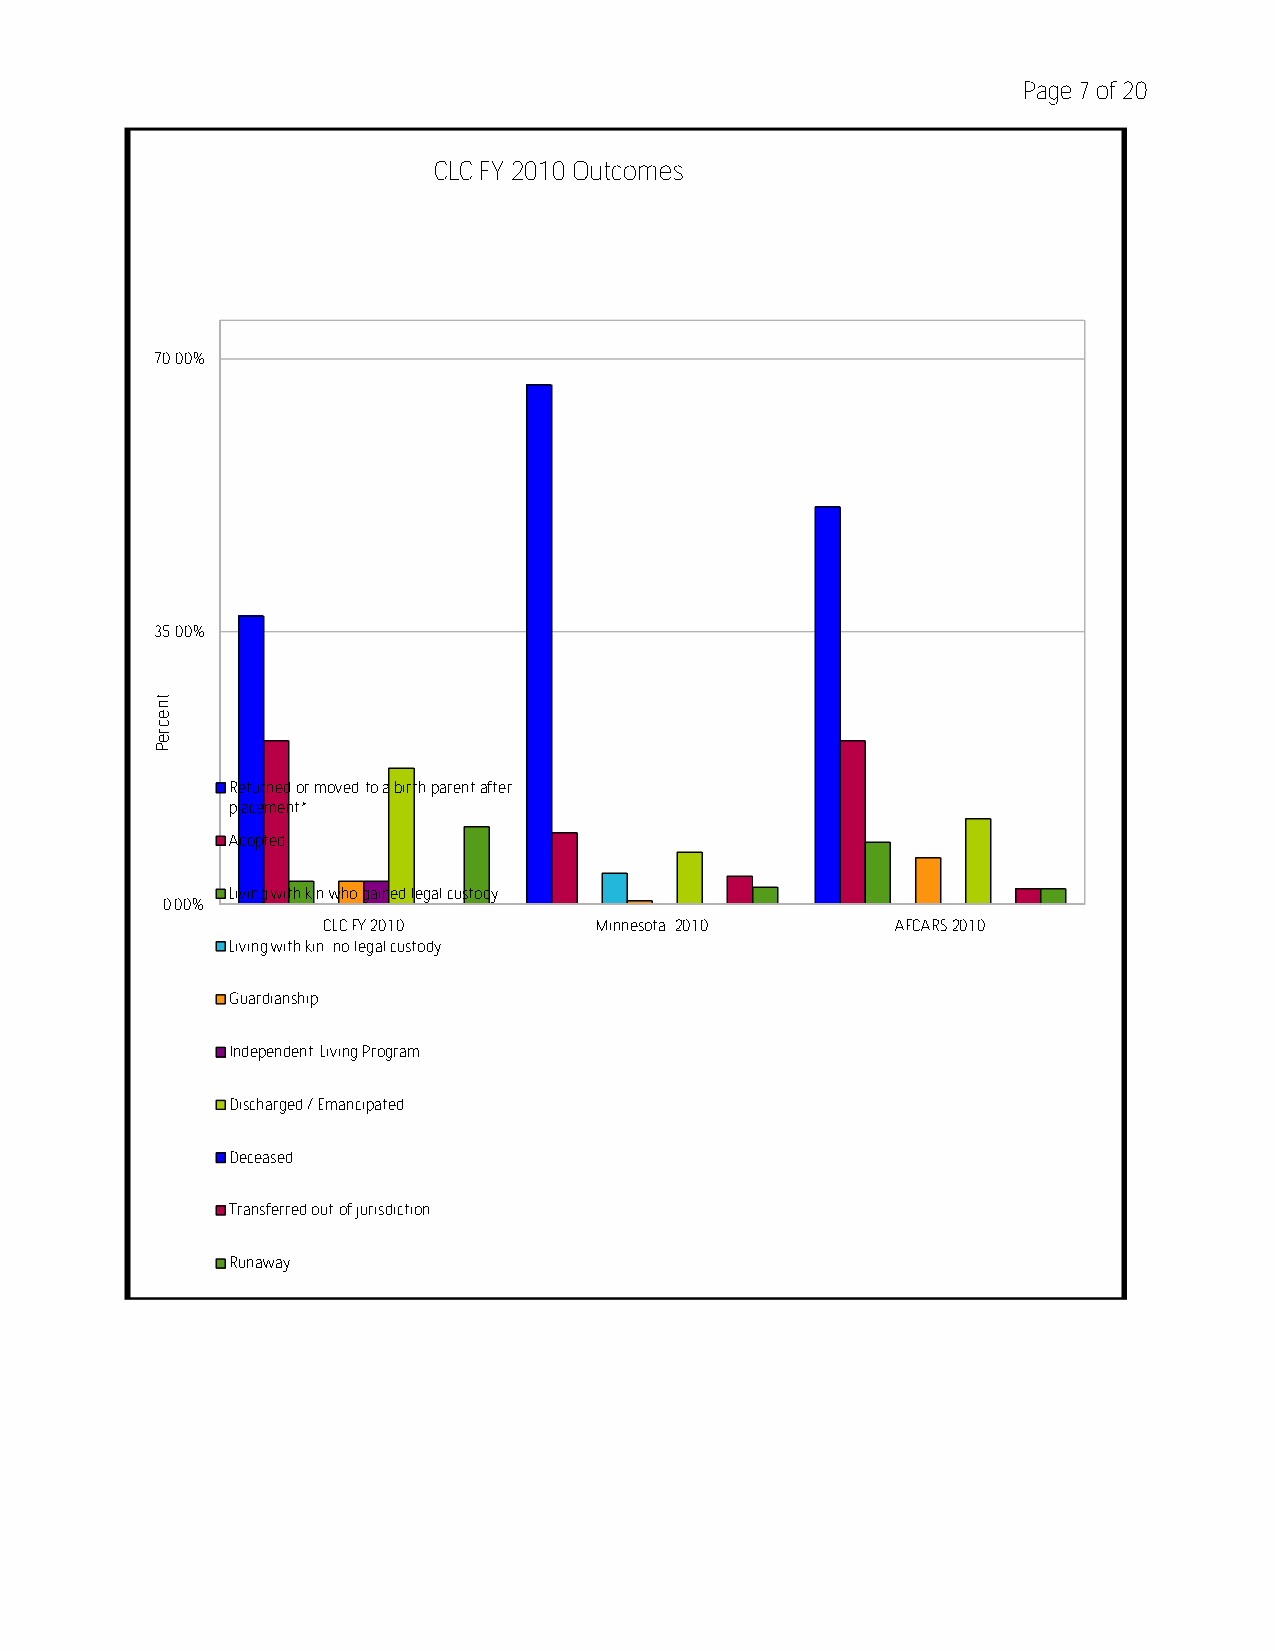
Page 7 of 20
 CLC FY 2010 Outcomes
 70.00%
 35.00%
 Returned or moved to a birth parent after
 placement*
 Adopted
 Living with kin who gained legal custody
 0.00%
 CLC FY 2010       Minnesota 2010      AFCARS 2010
 Living with kin, no legal custody
 Guardianship
 Independent Living Program
 Discharged / Emancipated
 Deceased
 Transferred out of jurisdiction
 Runaway
 tnecreP